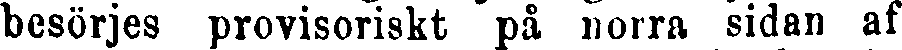
besörjes provisoriskt på norra sidan af